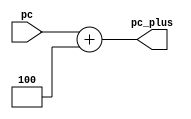
`timescale 1ns / 1ps
//////////////////////////////////////////////////////////////////////////////////
// Company: 
// Engineer: 
// 
// Design Name: 
// Module Name: add
// Project Name: 
// Target Devices: 
// Tool Versions: 
// Description: 
// 
// Dependencies: 
// 
// Revision:
// Revision 0.01 - File Created
// Additional Comments:
// 
//////////////////////////////////////////////////////////////////////////////////


module add(
    input [31:0] pc,   
    output [31:0] pc_plus
    );
    assign pc_plus = pc+4;
endmodule